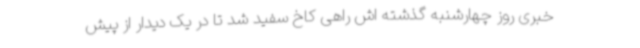
خبری روز چهارشنبه گذشته اش راهی کاخ سفید شد تا در یک دیدار از پیش